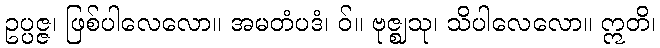
ဥပ္ပဇ္ဇ၊ ဖြစ်ပါလေလော။ အမတံပဒံ၊ ဝ်။ ဗုဇ္ဈသု၊ သိပါလေလော။ ဣတိ၊